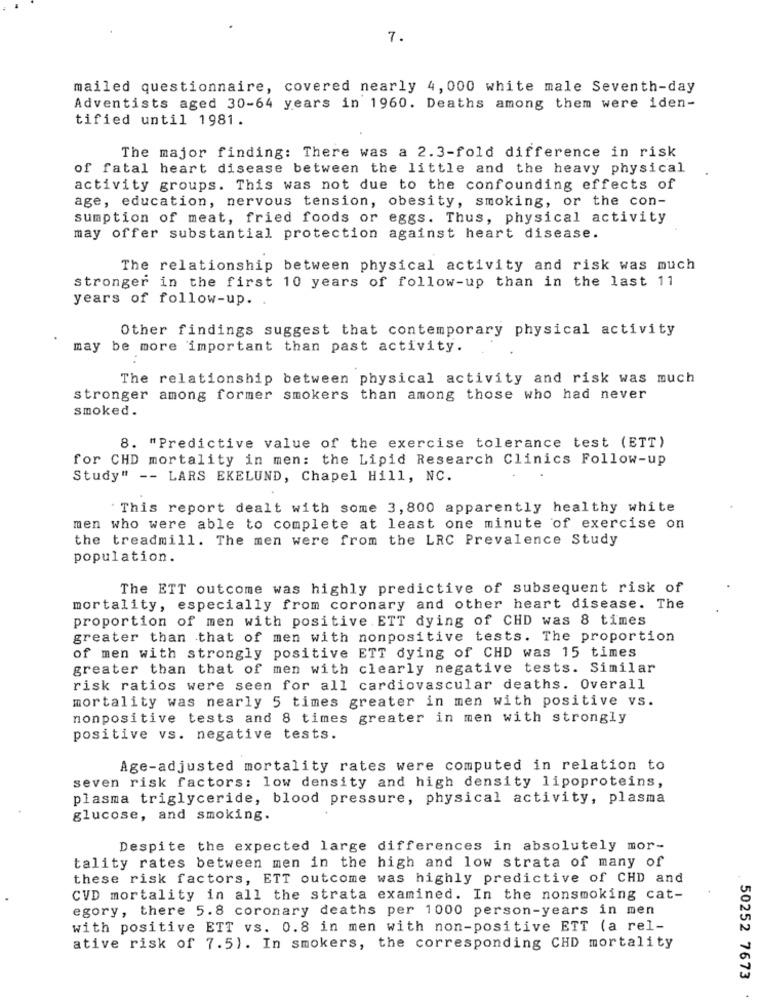
7.
mailed questionnaire, covered nearly 4, 000 white male Seventh-day
Adventists aged 30-64 years in 1960. Deaths among them were iden-
tified until 1981.
The major finding: There was a 2.3-fold difference in risk
of fatal heart disease between the little and the heavy physical
activity groups. This was not due to the confounding effects of
age, education, nervous tension, obesity, smoking, or the con-
sumption of meat, fried foods or eggs. Thus, physical activity
may offer substantial protection against heart disease.
The relationship between physical activity and risk was much
stronger in the first 10 years of follow-up than in the last 11
years of follow-up. .
Other findings suggest that contemporary physical activity
may be more important than past activity.
The relationship between physical activity and risk was much
stronger among former smokers than among those who had never
smoked.
8. "Predictive value of the exercise tolerance test (ETT)
for CHD mortality in men: the Lipid Research Clinics Follow-up
Study" -- LARS EKELUND, Chapel Hill, NC.
This report dealt with some 3, 800 apparently healthy white
men who were able to complete at least one minute of exercise on
the treadmill. The men were from the LRC Prevalence Study
population.
The ETT outcome was highly predictive of subsequent risk of
mortality, especially from coronary and other heart disease. The
proportion of men with positive.ETT dying of CHD was 8 times
greater than that of men with nonpositive tests. The proportion
of men with strongly positive ETT dying of CHD was 15 times
greater than that of men with clearly negative tests. Similar
risk ratios were seen for all cardiovascular deaths. Overall
mortality was nearly 5 times greater in men with positive vs.
nonpositive tests and 8 times greater in men with strongly
positive vs. negative tests.
Age-adjusted mortality rates were computed in relation to
seven risk factors: low density and high density lipoproteins,
plasma triglyceride, blood pressure, physical activity, plasma
glucose, and smoking.
Despite the expected large differences in absolutely mor-
tality rates between men in the high and low strata of many of
these risk factors, ETT outcome was highly predictive of CHD and
CVD mortality in all the strata examined. In the nonsmoking cat-
egory, there 5.8 coronary deaths per 1000 person-years in men
with positive ETT vs. 0.8 in men with non-positive ETT (a rel-
ative risk of 7.5). In smokers, the corresponding CHD mortality
50252 7673